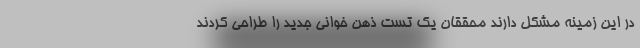
در این زمینه مشکل دارند محققان یک تست ذهن خوانی جدید را طراحی کردند